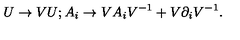
U \rightarrow V U ; A _ { i } \rightarrow V A _ { i } V ^ { - 1 } + V \partial _ { i } V ^ { - 1 } .